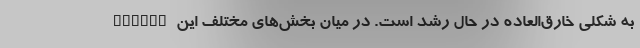
allery به شکلی خارق‌العاده در حال رشد است. در میان بخش‌های مختلف این